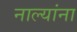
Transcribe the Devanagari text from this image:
नाल्यांना